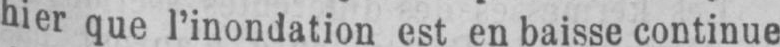
hier que l’inondation est en baisse continue